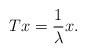
LaTeX: \begin{align*}Tx = \frac{1}{\lambda} x.\end{align*}